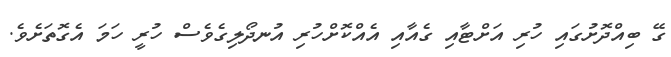
ގޭ ބިއްދޮށުގައި ހުރި އަށްޓާއި ގެއާއި އެއްކޮށްހުރި އުނދޯލިގެވެސް ހުރީ ހަމަ އެގޮތަށެވެ.